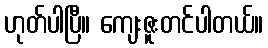
ဟုတ်ပါပြီ။ ကျေးဇူးတင်ပါတယ်။